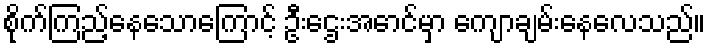
စိုက်ကြည့်နေသောကြောင့် ဦးဌေးအောင်မှာ ကျောချမ်းနေလေသည်။